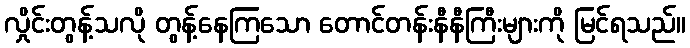
လှိုင်းတွန့်သလို တွန့်နေကြသော တောင်တန်းနီနီကြီးများကို မြင်ရသည်။